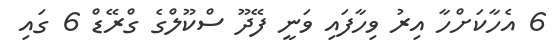
6 އެހާކަށްހާ އިރު ވިހާފައި ވަނީ ފޭދޫ ސްކޫލްގެ ގްރޭޑް 6 ގައި